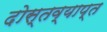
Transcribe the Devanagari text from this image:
दोस्तव्याप्त